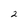
Character: 2